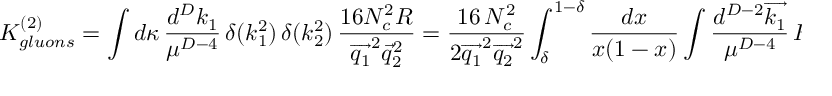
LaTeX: K _ { g l u o n s } ^ { ( 2 ) } = \int d \kappa \, \frac { d ^ { D } k _ { 1 } } { \mu ^ { D - 4 } } \, \delta ( k _ { 1 } ^ { 2 } ) \, \delta ( k _ { 2 } ^ { 2 } ) \, \frac { 1 6 N _ { c } ^ { 2 } R } { \overrightarrow { q _ { 1 } } ^ { 2 } \overrightarrow { q } _ { 2 } ^ { 2 } } = \frac { 1 6 \, N _ { c } ^ { 2 } } { 2 \overrightarrow { q _ { 1 } } ^ { 2 } \overrightarrow { q _ { 2 } } ^ { 2 } } \int _ { \delta } ^ { 1 - \delta } \frac { d x } { x ( 1 - x ) } \int \frac { d ^ { D - 2 } \overrightarrow { k _ { 1 } } } { \mu ^ { D - 4 } } \, R \, .